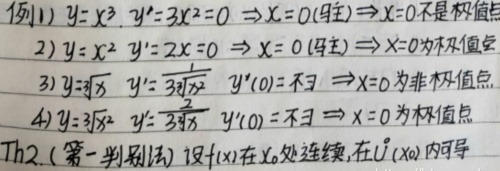
例1) \(y = x^{3}\), \(y' = 3x^{2}=0\Rightarrow x = 0(驻点)\Rightarrow x = 0不是极值点\)
2) \(y = x^{2}\), \(y' = 2x = 0\Rightarrow x = 0(驻点)\Rightarrow x = 0为极值点\)
3) \(y=\sqrt[3]{x}\), \(y'=\frac{1}{3\sqrt[3]{x^{2}}}\), \(y'(0)=\text{不存在}\Rightarrow x = 0为非极值点\)
4) \(y=\sqrt[3]{x^{2}}\), \(y'=\frac{2}{3\sqrt[3]{x}}\), \(y'(0)=\text{不存在}\Rightarrow x = 0为极值点\)
Th2. (第一判别法) 设\(f(x)\)在\(x_{0}\)处连续，在\(\mathring{U}(x_{0})\)内可导